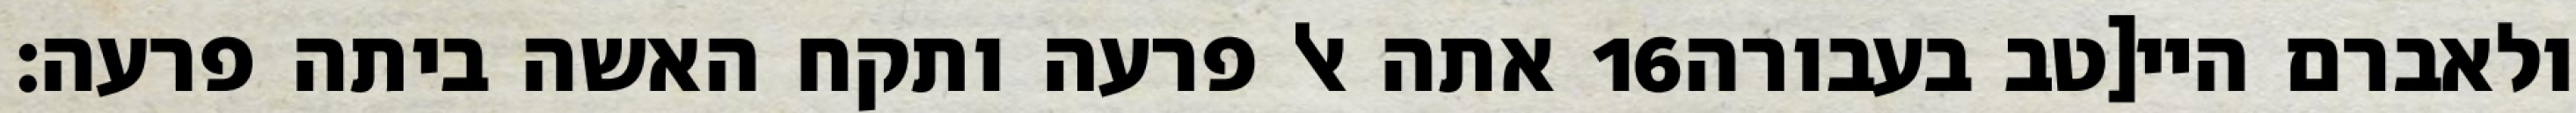
אתה אל פרעה ותקח האשה ביתה פרעה׃ ‎16‏ ולאברם היי[טב בעבורה